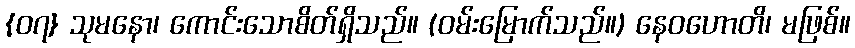
{၀၇} သုမနော၊ ကောင်းသောစိတ်ရှိသည်။ (ဝမ်းမြောက်သည်။) နေဝဟောတိ၊ မဖြစ်။